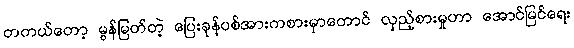
တကယ်တော့ မွန်မြတ်တဲ့ ပြေးခုန်ပစ်အားကစားမှာတောင် လှည့်စားမှုဟာ အောင်မြင်ရေး